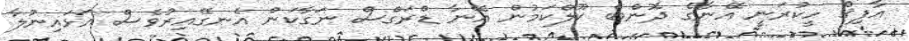
އާފިޤް ހީކުރަނީ އޭނާގެ ދޮންބެ ކޫލްކަމުން އޭނާ ޑްރަގްސް ނަގާކަން އެނގޭއިރުވެސް އަޅައިނުލާ